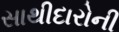
સાથીદારોની